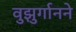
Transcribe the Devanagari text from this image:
वुझुर्गानने